Scientific memoirs by medical officers of the Army of India - Part XI,
Year: 1898
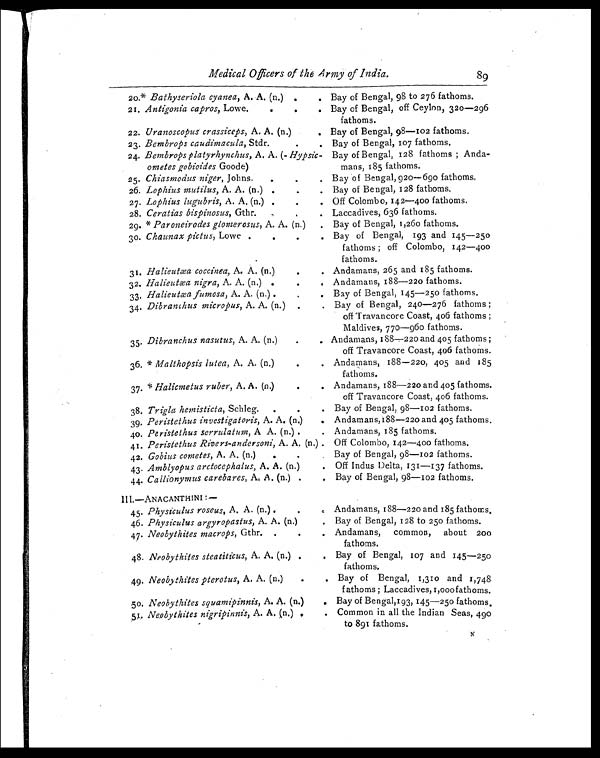
Medical Officers of the Army of India.
89
2o* Bathyseriola cyanea, A. A. (n.)
Bay of Bengal, 98 to 276 fathoms.
21. Antigonia capros, Lowe.
Bay of Bengal, off Ceylon, 320—296
fathoms.
22. Uranoscopus crassiceps, A. A. (n.)
Bay of Bengal, 98—102 fathoms.
23. Bembrops caudimacula, Stdr
Bay of Bengal, 107 fathoms.
24. Bembrops platyrhynchus, A. A. ( Hypsic-
ometes gobioides Goode)
Bay of Bengal, 128 fathoms; Anda-
mans, 185 fathoms.
25. Chiasmodus niger, Johns.
Bay of Bengal, 920—690 fathoms
26. Lophius mutilus, A. A. (n.)
Bay of Bengal, 128 fathoms.
27. Lophius lugubris, A. A. (n.)
Off Colombo, 142—400 fathoms.
28. Ceratias bispinosus, Gthr.
Laccadives, 636 fathoms.
29. * Paroneirodes glomerosus, A. A. (n.)
Bay of Bengal, 1,260 fathoms.
30. Chaunax pictus, Lowe.
Bay of Bengal, 193 and 145—250
fathoms; off Colombo, 142—400
fathoms.
31. Halieutæa coccinea, A. A. (n.)
Andamans, 265 and 185 fathoms.
32. Halieutæa nigra, A. A. (n.)
Andamans, 188—220 fathoms.
33, Halieutæa fumosa, A. A. (n.).
Bay of Bengal, 145—250 fathoms.
34. Dibranchus micropus, A. A. (n.)
Bay of Bengal, 240—276 fathoms;
off Travancore Coast, 406 fathoms;
Maldives, 770—960 fathoms.
35. Dibranchus nasutus, A. A. (n.). Andamans, 188—220 and 405 fathoms;
off Travancore Coast, 406 fathoms.
36. * Malthopsis lutea, A. A. (n.). Andamans, 188—220, 405 and 185
fathoms.
37.
*H
a l i c m e t u s r u b e r ,
A . A . ( n . ) .
Andamans, 188—220 and 405 fathoms.
off Travancore Coast, 406 fathoms.
38. Trigla hemisticta, Schleg.
Bay of Bengal, 98–—102 fathoms.
39. Peristethus investigatoris, A. A. (n.). Andamans,188—220 and 405 fathoms.
40. Peristethus serrulatum, A A. (n.)
Andamans, 185 fathoms.
41. Peristethus Rivers-andersoni, A. A. (n.) . Off Colombo, 142—400 fathoms.
42. Gobius cometes, A. A. (n.)
Bay of Bengal, 98—102 fathoms.
43. Amblyopus arctocephalus, A. A. (n.)
Off Indus Delta, 131—137 fathoms.
44. Callionymus carebares, A. A. (n.)
Bay of Bengal, 98—102 fathoms.
I I I . — A N A C A N T H I N I : —
45. Physiculus roseus, A. A. (n.).
Andamans, 188—220 and 185 fathoms.
46. Physiculus argyropastus, A. A. (n.)
Bay of Bengal, 128 to 250 fathoms.
47. Neobythites macrops, Gthr.
Andamans, common, about 200
fathoms.
48. Neobythites steatiticus, A. A. (n.)
Bay of Bengal, 107 and 145—25
0 fathoms.
49. Neobythites pterotus, A. A. (n.)
Bay of Bengal, 1,310 and 1,748
fathoms; Laccadives, 1,000 fathoms.
50. Neobythites squamipinnis, A. A. (n.)
Bay of Bengal,193, 145—250 fathoms.
51 Neobythites nigripinnis, A. A. (n.)
Common in all the Indian Seas, 490
to 891 fathoms.